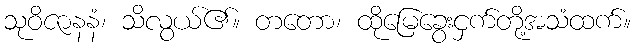
သုဝိဇာနနံ၊ သိလွယ်၏။ တတော၊ ထိုမြေခွေးငှက်တို့အသံထက်။